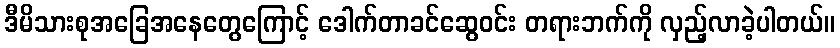
ဒီမိသားစုအခြေအနေတွေကြောင့် ဒေါက်တာခင်ဆွေဝင်း တရားဘက်ကို လှည့်လာခဲ့ပါတယ်။